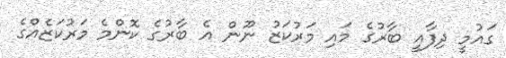
ގައުމީ ދިފާއީ ބާރުގެ މައި މަރުކަޒު ނޫން އެ ބާރުގެ ކޮންމެ މަރުކަޒެއްގެ